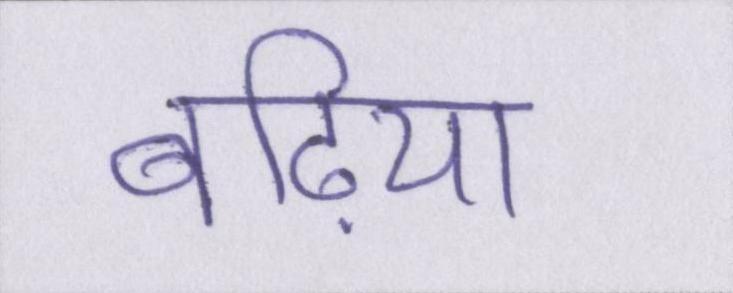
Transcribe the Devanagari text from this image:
बढि़या